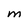
Character: M